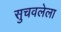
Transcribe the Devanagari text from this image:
सुचवलेला